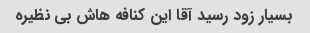
بسیار زود رسید آقا این کنافه هاش بی نظیره